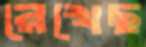
রেখেছ